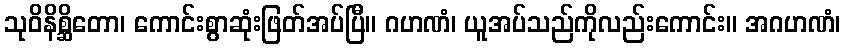
သုဝိနိစ္ဆိတော၊ ကောင်းစွာဆုံးဖြတ်အပ်ပြီ။ ဂဟဏံ၊ ယူအပ်သည်ကိုလည်းကောင်း။ အဂဟဏံ၊